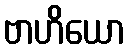
ဗာဟိယော